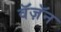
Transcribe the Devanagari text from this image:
वॅज़ॅन